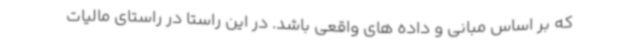
که بر اساس مبانی و داده های واقعی باشد. در این راستا در راستای مالیات